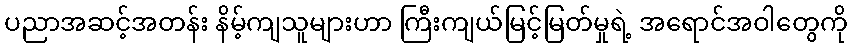
ပညာအဆင့်အတန်း နိမ့်ကျသူများဟာ ကြီးကျယ်မြင့်မြတ်မှုရဲ့ အရောင်အဝါတွေကို